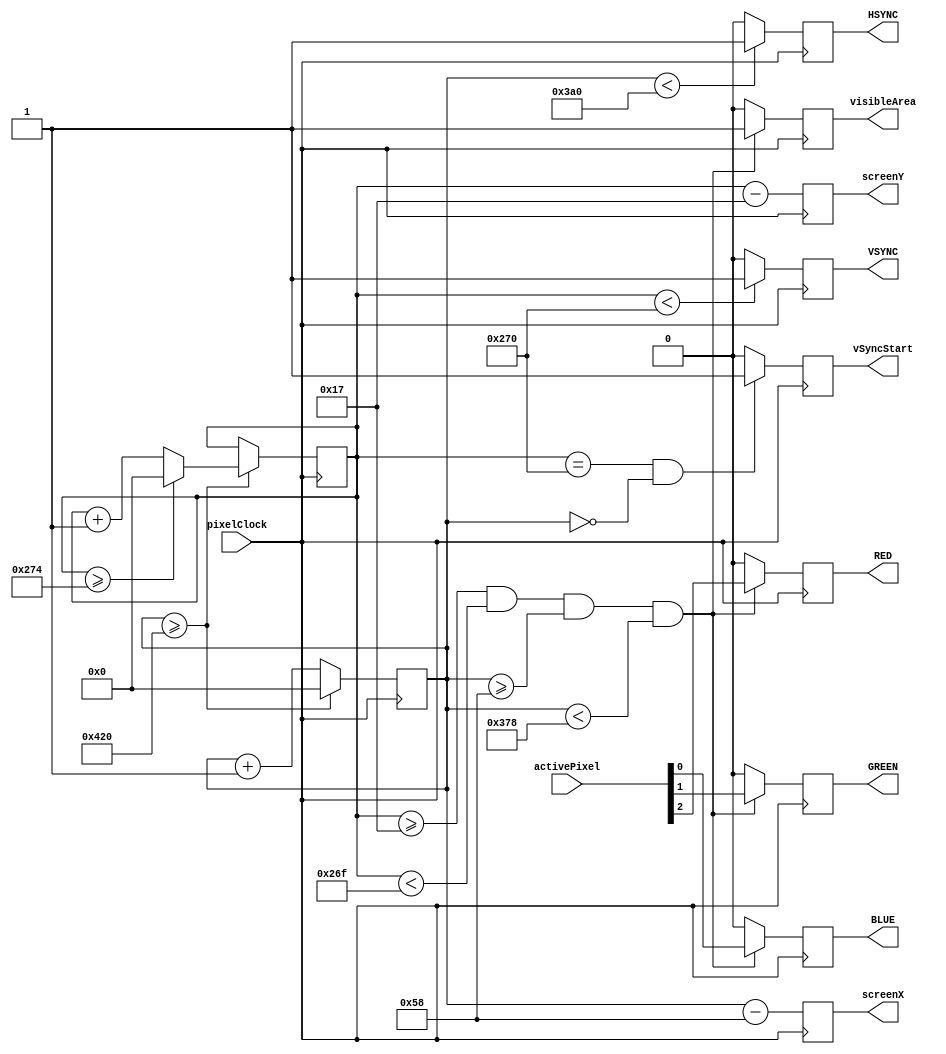
module Vga(
	input pixelClock,
	input [2:0] activePixel,
	output reg RED,
	output reg GREEN,
	output reg BLUE,
	output reg HSYNC,
	output reg VSYNC,
	output reg vSyncStart,
	output reg visibleArea,
	output reg [15:0] screenX,
	output reg [15:0] screenY
);

reg [15:0] hPos = 0;
reg [15:0] vPos = 0;

parameter [15:0] hVisiblePixels = 800;
localparam [7:0] hBackPorchPixels = 88;
localparam [7:0] hSyncPixels = 128;
localparam [7:0] hFrontPorchPixels = 40;
localparam [15:0] hTotalPixels = hVisiblePixels + hFrontPorchPixels + hSyncPixels + hBackPorchPixels;

parameter [15:0] vVisibleLines = 600;
localparam [7:0] vBackPorchLines = 23;
localparam [7:0] vSyncLines = 4;
localparam [7:0] vFrontPorchLines = 1;
localparam [15:0] vTotalLines = vVisibleLines + vFrontPorchLines + vSyncLines + vBackPorchLines;

always @(posedge pixelClock)
begin
	hPos <= hPos + 1'b1;

	if (hPos >= hTotalPixels)
	begin
		hPos <= 0;
		vPos <= vPos + 1'b1;

		if (vPos >= vTotalLines)
			vPos <= 0;
	end

	if ((vPos >= vBackPorchLines)
		& (vPos < vBackPorchLines + vVisibleLines)
		& (hPos >= hBackPorchPixels)
		& (hPos < hBackPorchPixels + hVisiblePixels))
		begin
			visibleArea <= 1;

			RED <= activePixel[2];
			GREEN <= activePixel[1];
			BLUE <= activePixel[0];
		end
	else
		begin
			visibleArea <= 0;

			RED <= 0;
			GREEN <= 0;
			BLUE <= 0;
		end

	if (hPos < hTotalPixels - hSyncPixels)
		HSYNC <= 1;
	else
		HSYNC <= 0;

	if (vPos < vTotalLines - vSyncLines)
		VSYNC <= 1;
	else
		VSYNC <= 0;

	// This happens one clock tick per frame.
	if (vPos == vTotalLines - vSyncLines & hPos == 0)
		vSyncStart <= 1;
	else
		vSyncStart <= 0;

	screenX <= hPos - hBackPorchPixels;
	screenY <= vPos - vBackPorchLines;
end

endmodule